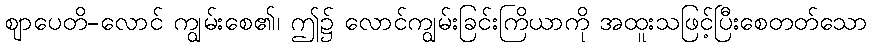
ဈာပေတိ-လောင် ကျွမ်းစေ၏၊ ဤ၌ လောင်ကျွမ်းခြင်းကြိယာကို အထူးသဖြင့်ပြီးစေတတ်သော